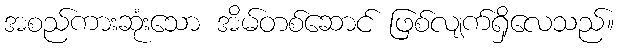
အစည်ကားဆုံးသော အိမ်တစ်ဆောင် ဖြစ်လျက်ရှိလေသည်။